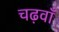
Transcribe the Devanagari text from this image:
चढ़वाँ